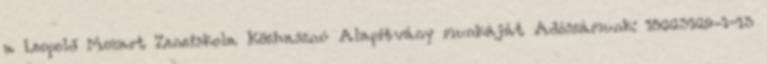
a Leopold Mozart Zeneiskola Közhasznú Alapítvány munkáját Adószámunk: 18663169-1-13